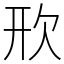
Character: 㰢